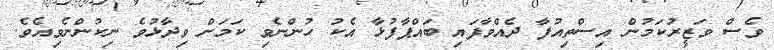
ވެސް ވަޒީރުކަމުން އިސްތިއުފާ ދެއްވާފައި ބައްޕާފުޅާ އެކު ހުންނެވި ކަމަށް ވިދާޅުވެ ނިކުންނެވިއެވެ.